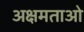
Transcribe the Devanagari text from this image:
अक्षमताओ